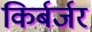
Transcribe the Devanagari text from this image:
किर्बर्जर